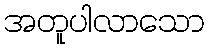
အတူပါလာသော